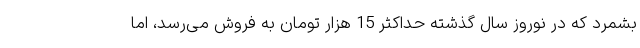
بشمرد که در نوروز سال گذشته حداکثر 15 هزار تومان به فروش می‌رسد، اما